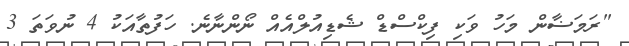
"ރަމަޟާން މަހު ވަކި ފިކްސްޑް ޝެޑިއުލްއެއް ނޯންނާނެ. ހަފުތާއަކު 4 ނުވަތަ 3